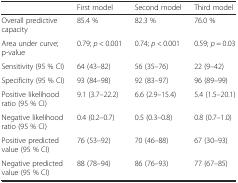
<table><thead><tr><td></td><td><b>First model</b></td><td><b>Second model</b></td><td><b>Third model</b></td></tr></thead><tbody><tr><td>Overall predictive capacity</td><td>85.4 %</td><td>82.3 %</td><td>76.0 %</td></tr><tr><td>Area under curve; p-value</td><td>0.79; <i>p</i> &lt; 0.001</td><td>0.74; <i>p</i> &lt; 0.001</td><td>0.59; <i>p</i> = 0.03</td></tr><tr><td>Sensitivity (95 % CI)</td><td>64 (43–82)</td><td>56 (35–76)</td><td>22 (9–42)</td></tr><tr><td>Specificity (95 % CI)</td><td>93 (84–98)</td><td>92 (83–97)</td><td>96 (89–99)</td></tr><tr><td>Positive likelihood ratio (95 % CI)</td><td>9.1 (3.7–22.2)</td><td>6.6 (2.9–15.4)</td><td>5.4 (1.5–20.1)</td></tr><tr><td>Negative likelihood ratio (95 % CI)</td><td>0.4 (0.2–0.7)</td><td>0.5 (0.3–0.8)</td><td>0.8 (0.7–1.0)</td></tr><tr><td>Positive predicted value (95 % CI)</td><td>76 (53–92)</td><td>70 (46–88)</td><td>67 (30–93)</td></tr><tr><td>Negative predicted value (95 % CI)</td><td>88 (78–94)</td><td>86 (76–93)</td><td>77 (67–85)</td></tr></tbody></table>